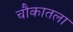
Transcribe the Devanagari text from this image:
चौकातला